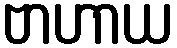
ဗာဟာယ